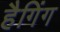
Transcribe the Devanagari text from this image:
हैगिंग